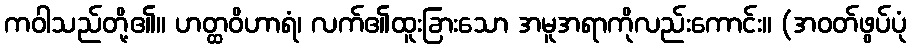
ကဝါသည်တို့၏။ ဟတ္ထဝိဟာရံ၊ လက်၏ထူးခြားသော အမူအရာကိုလည်းကောင်း။ (အဝတ်ဖွပ်ပုံ